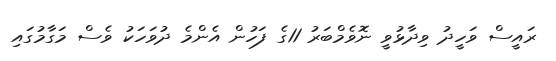
ރައީސް ވަހީދު ވިދާޅުވީ ނޮވެމްބަރު 11ގެ ފަހުން އެންމެ ދުވަހަކު ވެސް މަގާމުގައި